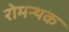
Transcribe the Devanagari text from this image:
रोमन्थक